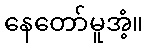
နေတော်မူအံ့။